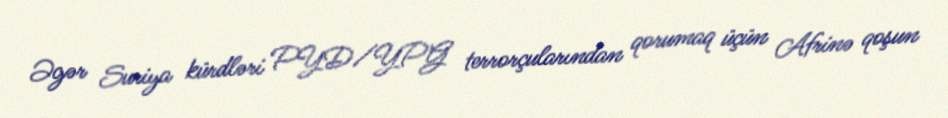
Əgər Suriya kürdləri PYD/YPG terrorçularından qorumaq üçün Afrinə qoşun